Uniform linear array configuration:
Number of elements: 4
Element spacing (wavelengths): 1
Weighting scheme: blackman
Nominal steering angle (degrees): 0
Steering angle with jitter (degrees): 0.5943
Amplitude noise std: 0.05
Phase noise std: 0.05

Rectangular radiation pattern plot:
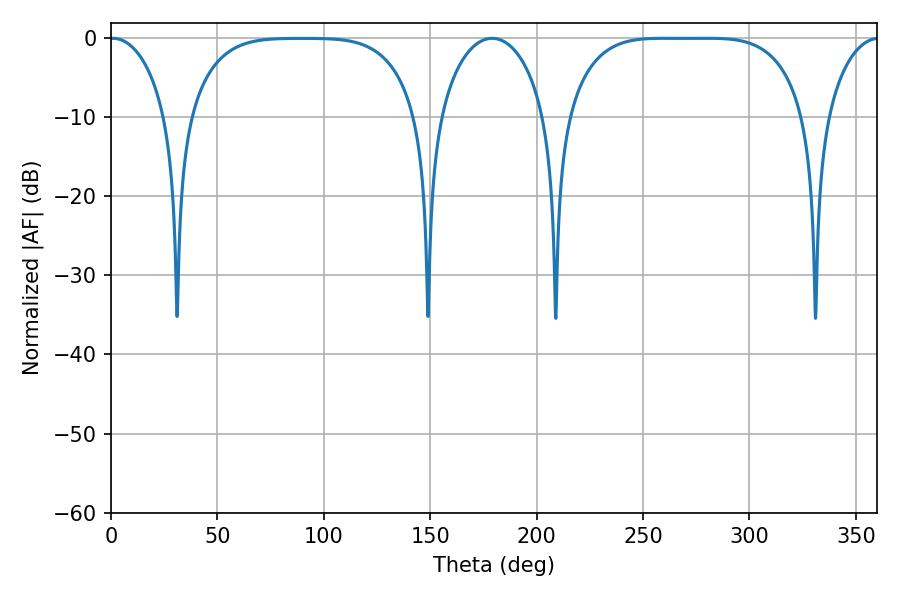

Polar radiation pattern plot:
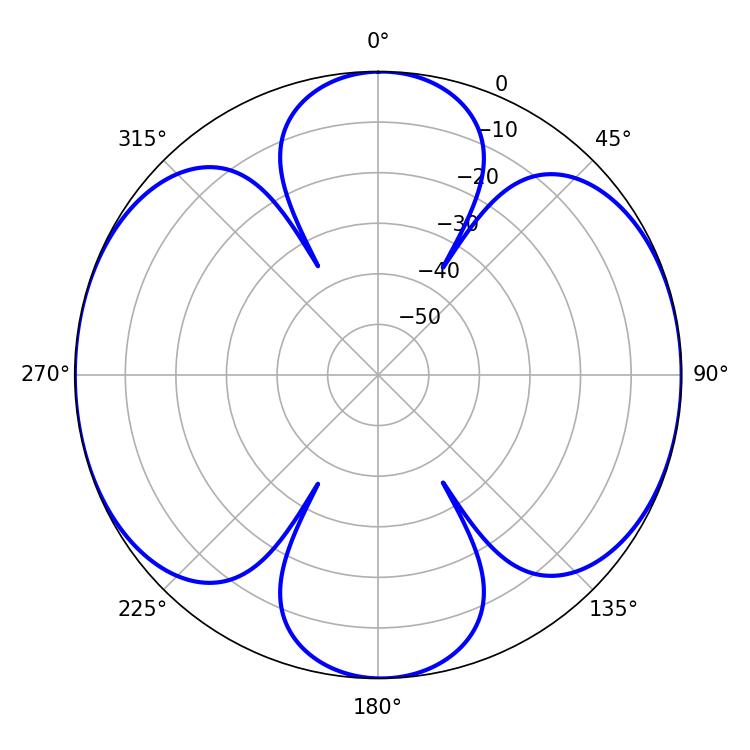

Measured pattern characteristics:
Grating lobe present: TRUE
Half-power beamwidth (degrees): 15.3
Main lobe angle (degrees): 0.9